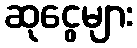
ဆုငွေများ